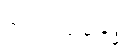
အရဟသမ္ဗုဒ္ဓေါ